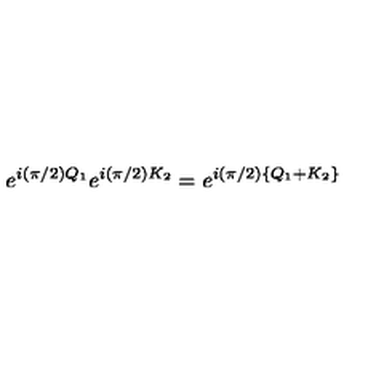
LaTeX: e ^ { i ( \pi / 2 ) Q _ { 1 } } e ^ { i ( \pi / 2 ) K _ { 2 } } = e ^ { i ( \pi / 2 ) \{ Q _ { 1 } + K _ { 2 } \} }